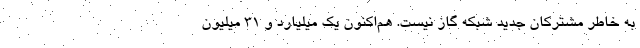
به خاطر مشترکان جدید شبکه گاز نیست. هم‌اکنون یک میلیارد و ۳۱ میلیون